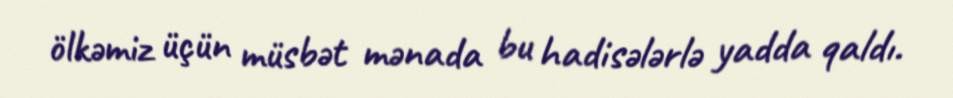
ölkəmiz üçün müsbət mənada bu hadisələrlə yadda qaldı.